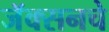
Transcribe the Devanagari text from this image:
जॅक्सनचे